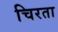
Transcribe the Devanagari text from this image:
चिरता